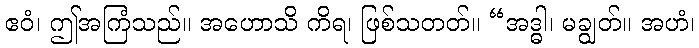
ဧဝံ၊ ဤအကြံသည်။ အဟောသိ ကိရ၊ ဖြစ်သတတ်။ “အဒ္ဓါ၊ မချွတ်။ အဟံ၊